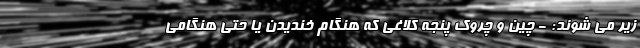
زیر می شوند: - چین و چروک پنجه کلاغی که هنگام خندیدن یا حتی هنگامی